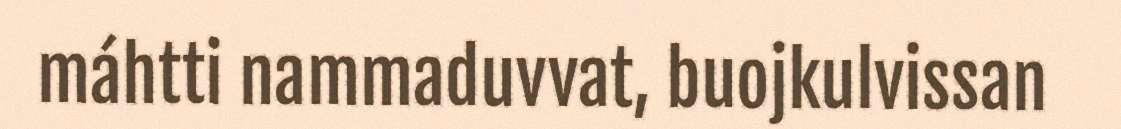
máhtti nammaduvvat, buojkulvissan